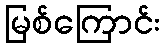
မြစ်ကြောင်း